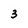
Character: 3